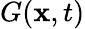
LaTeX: G(\mathbf{x},t)